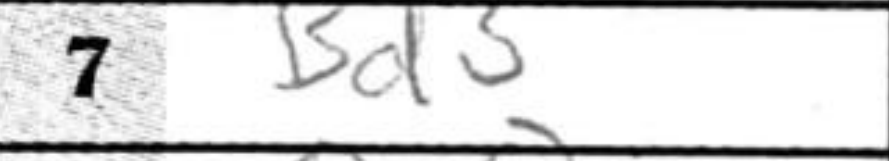
Transcription: Bd3